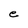
Character: e